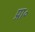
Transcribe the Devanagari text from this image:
प्रा॰